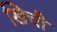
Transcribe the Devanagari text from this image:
खिची